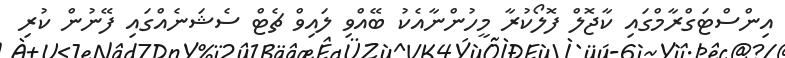
އިންސްޓަގްރާމްގައި ކާޖޮލް ފޮލޯކުރާ މީހުންނާއެކު ބޭއްވި ލައިވް ޗެޓް ސެޝަނެއްގައި ފޭނުން ކުރި